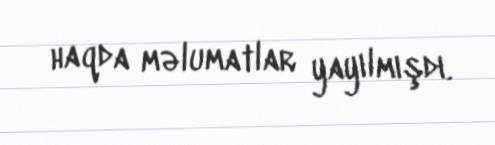
haqda məlumatlar yayılmışdı.